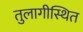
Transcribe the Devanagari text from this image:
तुलागीस्थित